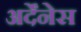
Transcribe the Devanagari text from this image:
अर्देंनेस